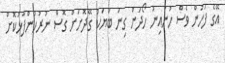
އޭގެ ފަހުން ވެސް ހުނައިނު ހޯދަން ގިނަ ބަޔަކު ގޭދޮށަށް ގޮސް ނުރުހުންފާޅުކޮށް